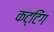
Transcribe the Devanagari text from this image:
कट्टिंग